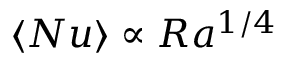
\langle N u \rangle \propto R a ^ { 1 / 4 }